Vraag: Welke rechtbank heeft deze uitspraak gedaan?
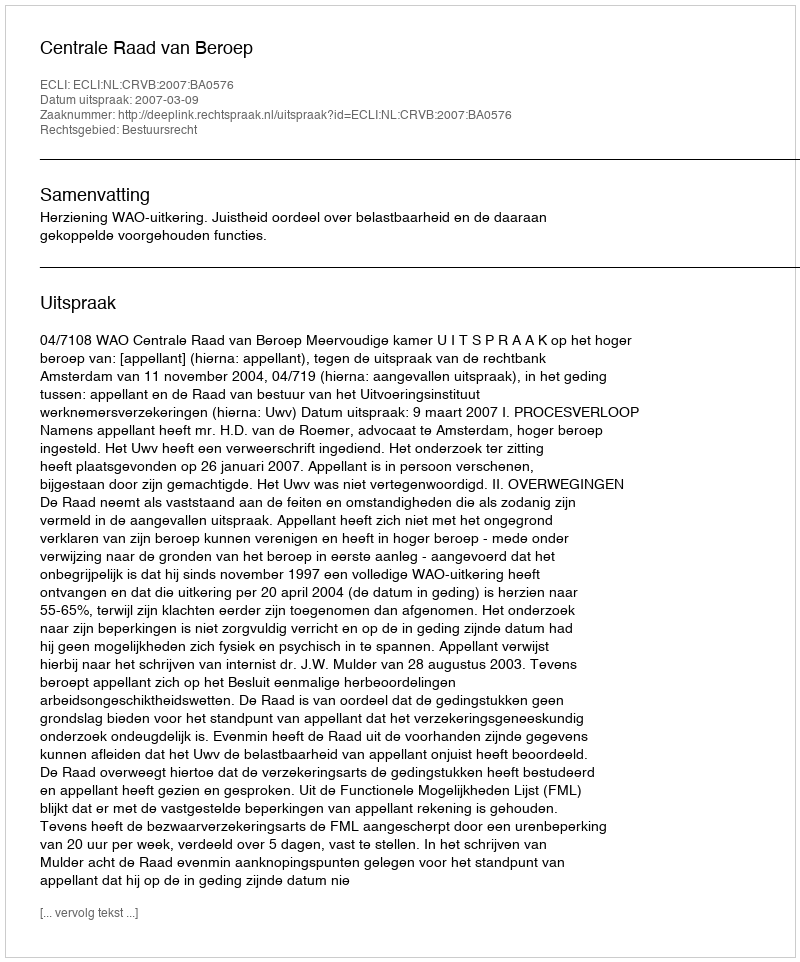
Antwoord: Centrale Raad van Beroep